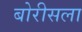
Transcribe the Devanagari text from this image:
बोरीसला